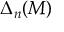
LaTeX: \Delta _ { n } ( M )